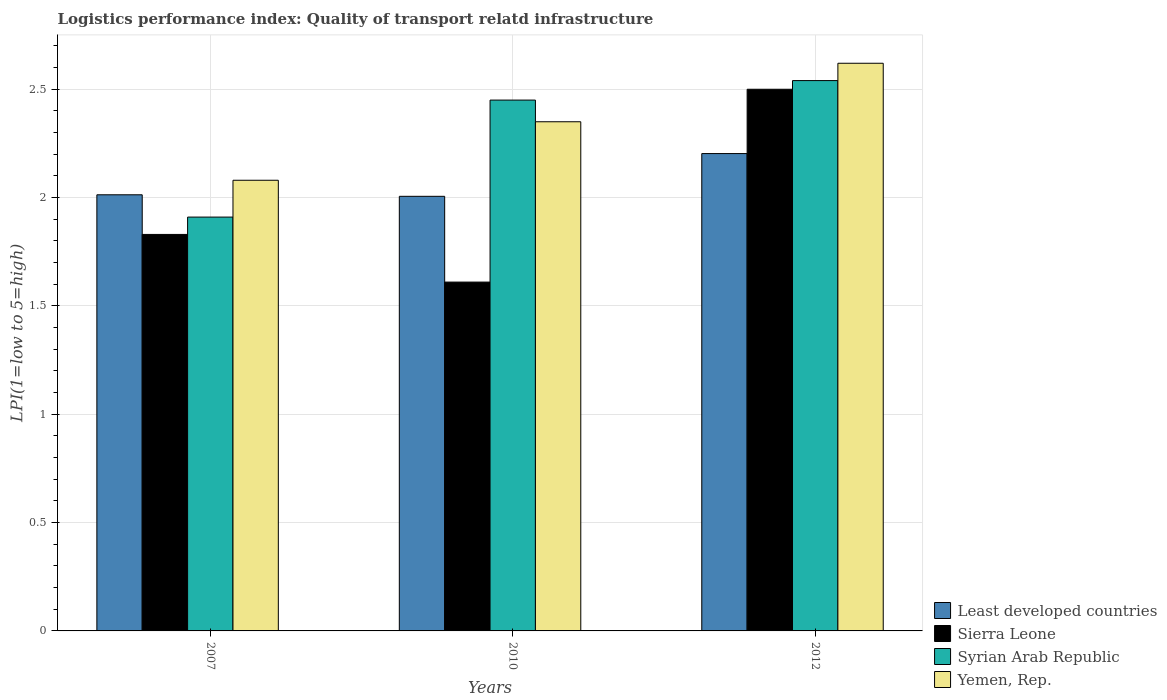
| Years | Least developed countries | Sierra Leone | Syrian Arab Republic | Yemen, Rep. |
 | --- | --- | --- | --- | --- |
 | 2007 | 2.01 | 1.83 | 1.91 | 2.08 |
 | 2010 | 2.01 | 1.61 | 2.45 | 2.35 |
 | 2012 | 2.2 | 2.5 | 2.54 | 2.62 |